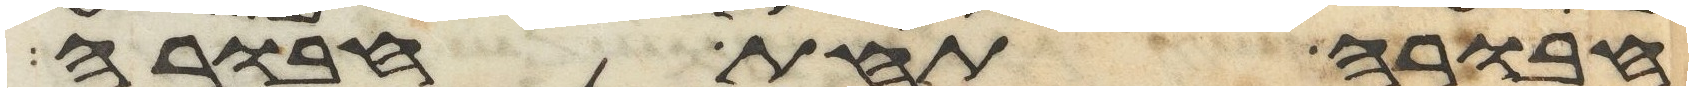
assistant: חבורה תחת חבורה